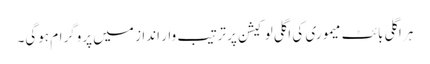
ہر اگلی بائٹ میموری کی اگلی لوکیشن پر ترتیب وار انداز میں پروگرام ہوگی۔